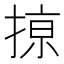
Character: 𢱊